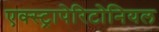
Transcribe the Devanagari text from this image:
एक्स्ट्रापेरिटोनियल